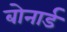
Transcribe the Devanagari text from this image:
बोनार्ड